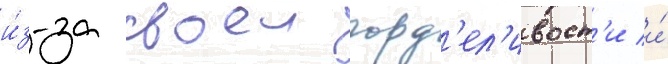
и́з-за своеи горд'ел'ивост'и и́